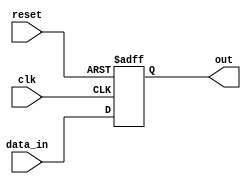
module async_reset_behavioral_model (
    input wire clk,      // Clock signal
    input wire reset,    // Asynchronous reset signal (active high)
    input wire [7:0] data_in, // Example data input (8-bit)
    output reg [7:0] out // Output signal (8-bit)
);

// Define the initial state of the output
initial begin
    out = 8'b00000000; // Default state before any operation
end

// Always block for asynchronous reset and synchronous operation
always @(posedge clk or posedge reset) begin
    if (reset) begin
        // Asynchronous reset: set output to a predefined state
        out <= 8'b00000000; // Reset output to logic level 0
    end else begin
        // Normal operation: update output based on data input
        out <= data_in; // Example operation: output follows data input
    end
end

endmodule